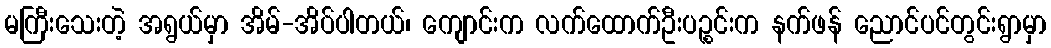
မကြီးသေးတဲ့ အရွယ်မှာ အိမ်-အိပ်ပါတယ်၊ ကျောင်းက လက်ထောက်ဦးပဉ္စင်းက နက်ဖန် ညောင်ပင်တွင်းရွာမှာ